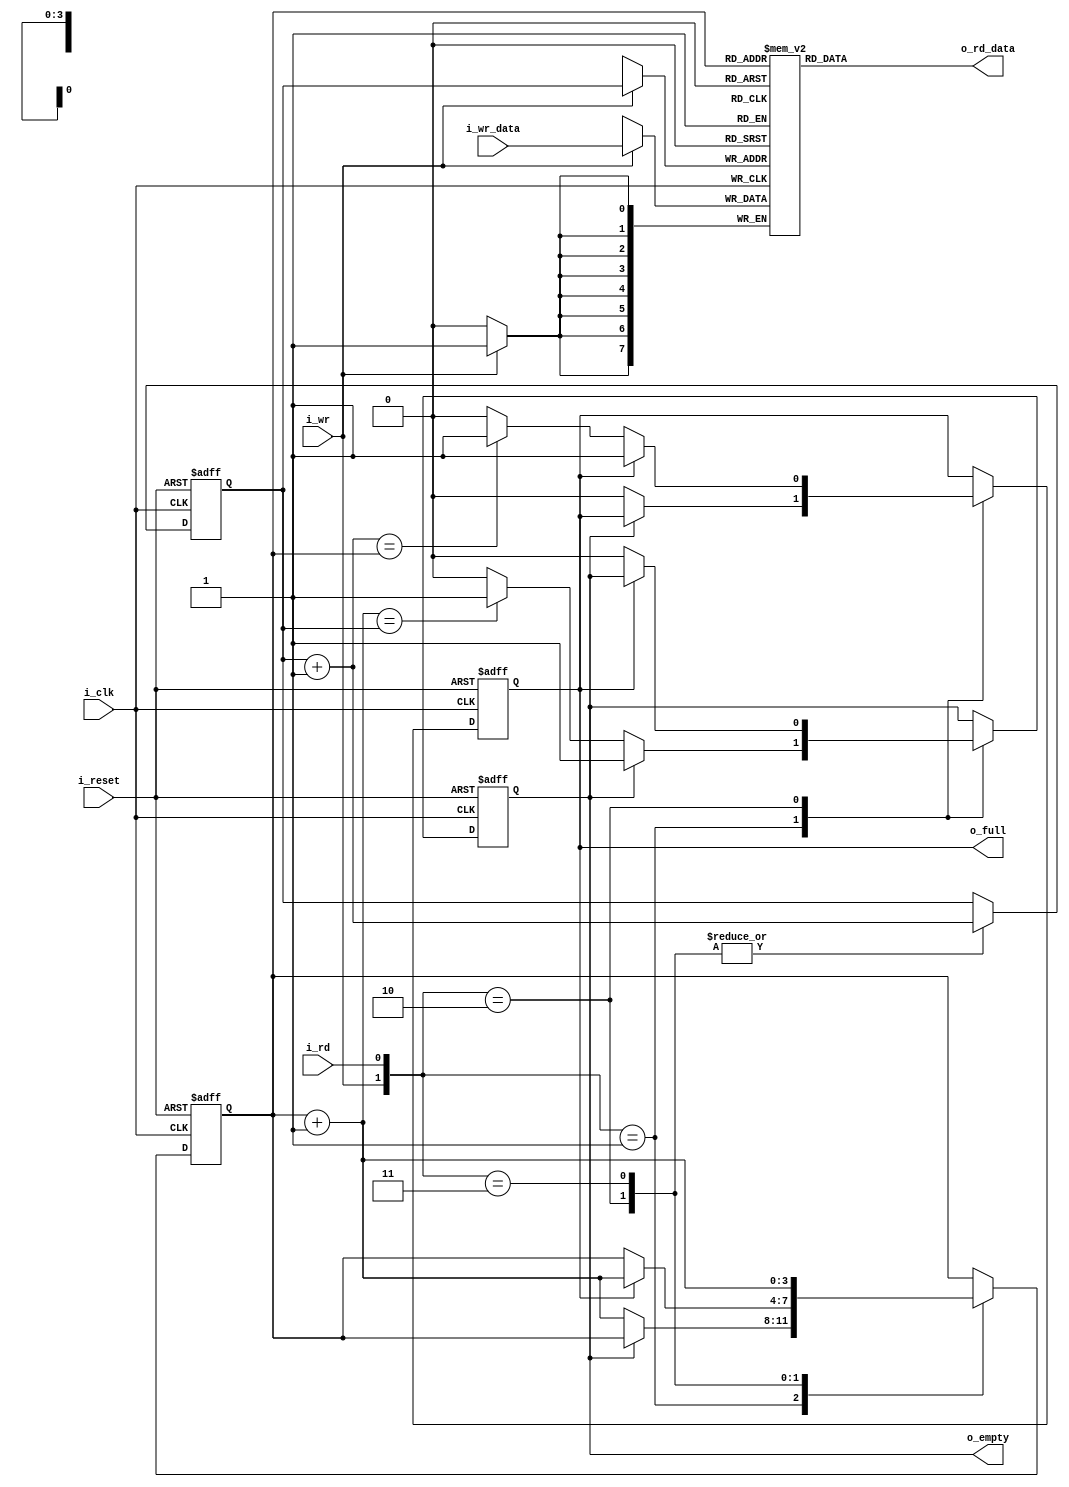
module FIFO_full(
    input i_clk, i_reset,
    input i_wr, i_rd,
    input [B-1:0] i_wr_data,
    output o_empty, o_full,
    output [B-1:0] o_rd_data
    );
    
    parameter B = 8,  //number of data bits in each word (8 by default)
              W = 4;  //number of address bits (15 words total by default)
                  
    reg [B-1:0] s_array_reg [2**W-1:0];
    reg [W-1:0] s_wr_ptr_reg, s_wr_ptr_next;
    reg [W-1:0] s_rd_ptr_reg, s_rd_ptr_next;
    reg         s_full_reg, s_full_next, s_empty_reg, s_empty_next;
    
    wire [W-1:0] s_wr_ptr_succ, s_rd_ptr_succ;
        
    //register write operation
    always @(posedge i_clk)
        if(i_wr)
            s_array_reg[s_wr_ptr_reg] <= i_wr_data;
    
    always @(posedge i_clk, posedge i_reset)
        if (i_reset)
            begin
                s_wr_ptr_reg <= 0;
                s_rd_ptr_reg <= 0;
                s_full_reg  <= 1'b0;
                s_empty_reg <= 1'b1;
            end
        else
            begin
                s_wr_ptr_reg <= s_wr_ptr_next;
                s_rd_ptr_reg <= s_rd_ptr_next;
                s_full_reg   <= s_full_next;
                s_empty_reg  <= s_empty_next;
            end
    
    always @*
        begin
            //default: keep old values
            s_wr_ptr_next = s_wr_ptr_reg;
            s_rd_ptr_next = s_rd_ptr_reg;
            s_full_next   = s_full_reg;
            s_empty_next  = s_empty_reg;
            
            case({i_wr, i_rd})
                //2'b00 no op
                2'b01: //read
                    if(~s_empty_reg)
                        begin
                            s_rd_ptr_next = s_rd_ptr_succ;
                            s_full_next = 1'b0;
                            if(s_rd_ptr_succ == s_wr_ptr_reg)
                                s_empty_next = 1'b1;
                        end
                2'b10: //write
                    if(~s_full_reg) //if not full
                        begin
                            s_wr_ptr_next = s_wr_ptr_succ;
                            s_empty_next = 1'b0;
                            if(s_wr_ptr_succ == s_rd_ptr_reg)
                                s_full_next = 1'b1;
                        end
                     else //if full, discard first data in, increment read and write pointers 
                        begin
                            s_wr_ptr_next = s_wr_ptr_succ;
                            s_rd_ptr_next = s_rd_ptr_succ;
                        end
                2'b11: //read and write
                    begin
                        s_rd_ptr_next = s_rd_ptr_succ;
                        s_wr_ptr_next = s_wr_ptr_succ;
                    end
            endcase
        end
        
    //data functions
    assign s_wr_ptr_succ = s_wr_ptr_reg + 1;
    assign s_rd_ptr_succ = s_rd_ptr_reg + 1;
    
    //output assignments
    assign o_empty = s_empty_reg;
    assign o_full  = s_full_reg;
    assign o_rd_data = s_array_reg[s_rd_ptr_reg];
endmodule